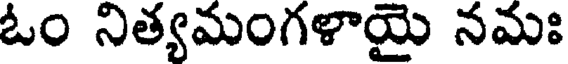
ఓం నిత్యమంగళాయై నమః